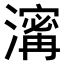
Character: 𤀑